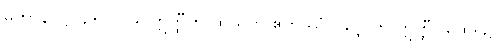
မဟာနိ-ဋ္ဌ-၄၆၊ ပါ-၉၊ ဣတ္ထီတိ ထိယတိ ဧတိဿံ ဂဗ္ဘောတိ ဣတ္ထီ။ ထေရ၌